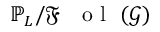
\mathbb { P } _ { L } / { \mathfrak { F } \mathrm { ~ \textbf ~ { ~ o ~ l ~ } ~ } } ( \mathcal { G } )